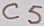
Text: C5